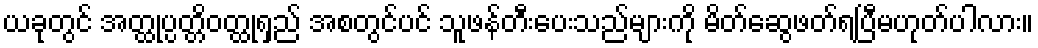
ယခုတွင် အတ္ထုပ္ပတ္တိဝတ္ထုရှည် အစတွင်ပင် သူဖန်တီးပေးသည်များကို မိတ်ဆွေဖတ်ရပြီမဟုတ်ပါလား။